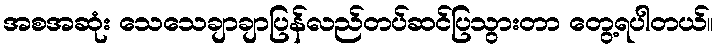
အစအဆုံး သေသေချာချာပြန်လည်တပ်ဆင်ပြသွားတာ တွေ့ရပါတယ်။